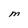
Character: M